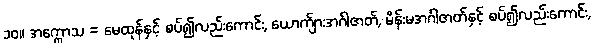
၁၀။ အက္ကောသ = မေထုန်နှင့် စပ်၍လည်းကောင်း, ယောက်ျားအင်္ဂါဇာတ်, မိန်းမအင်္ဂါဇာတ်နှင့် စပ်၍လည်းကောင်း,